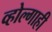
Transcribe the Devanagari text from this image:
व्होल्गाही